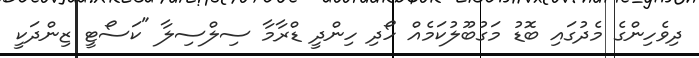
ދިވެހިންގެ މެދުގައި ބޮޑު މަގުބޫލުކަމެއް ހޯދި ހިންދީ ޑްރާމާ ސިލްސިލާ "ކަސޯޓީ ޒިންދަކީ